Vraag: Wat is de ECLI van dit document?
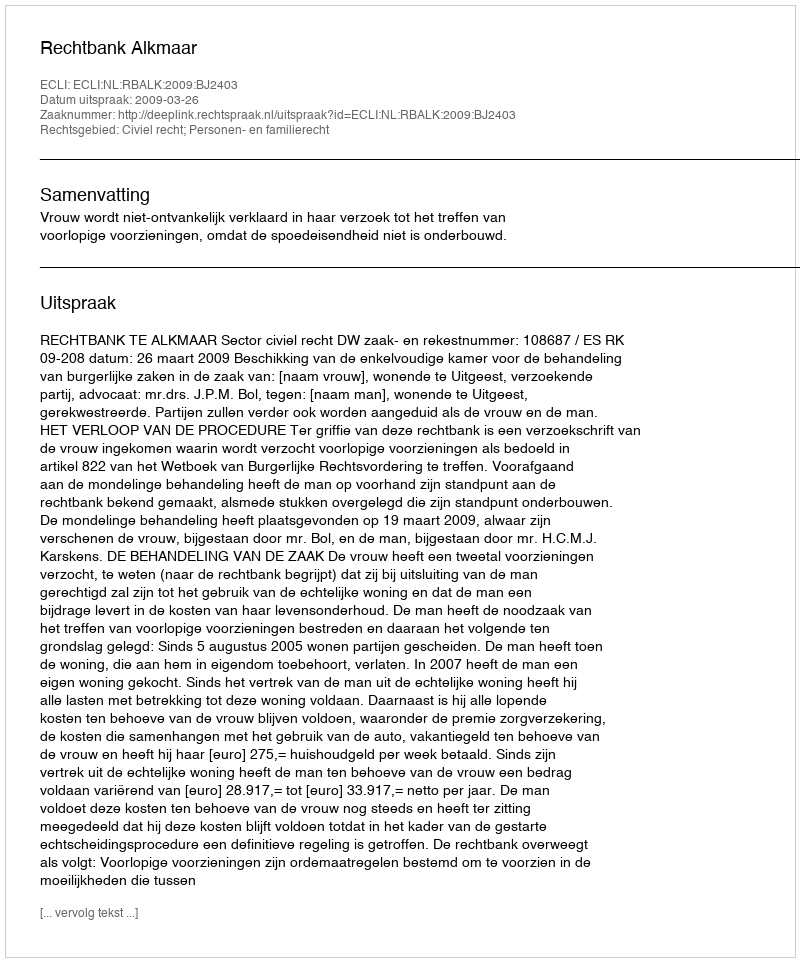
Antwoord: ECLI:NL:RBALK:2009:BJ2403